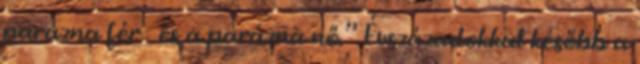
parázna férﬁ és a parázna nő.” Évszázadokkal később a